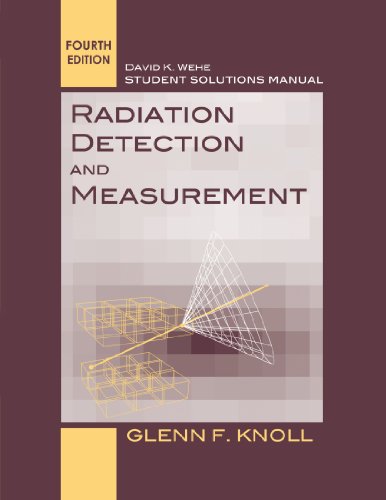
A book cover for Student Solutions Manual to accompany Radiation Detection and Measurement, 4e; Glenn F. Knoll; Science & Math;